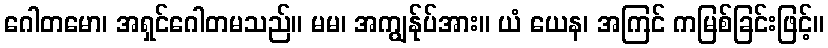
ဂေါတမော၊ အရှင်ဂေါတမသည်။ မမ၊ အကျွန်ုပ်အား။ ယံ ယေန၊ အကြင် ကမြစ်ခြင်းဖြင့်။